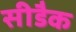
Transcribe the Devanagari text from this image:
सीडैक